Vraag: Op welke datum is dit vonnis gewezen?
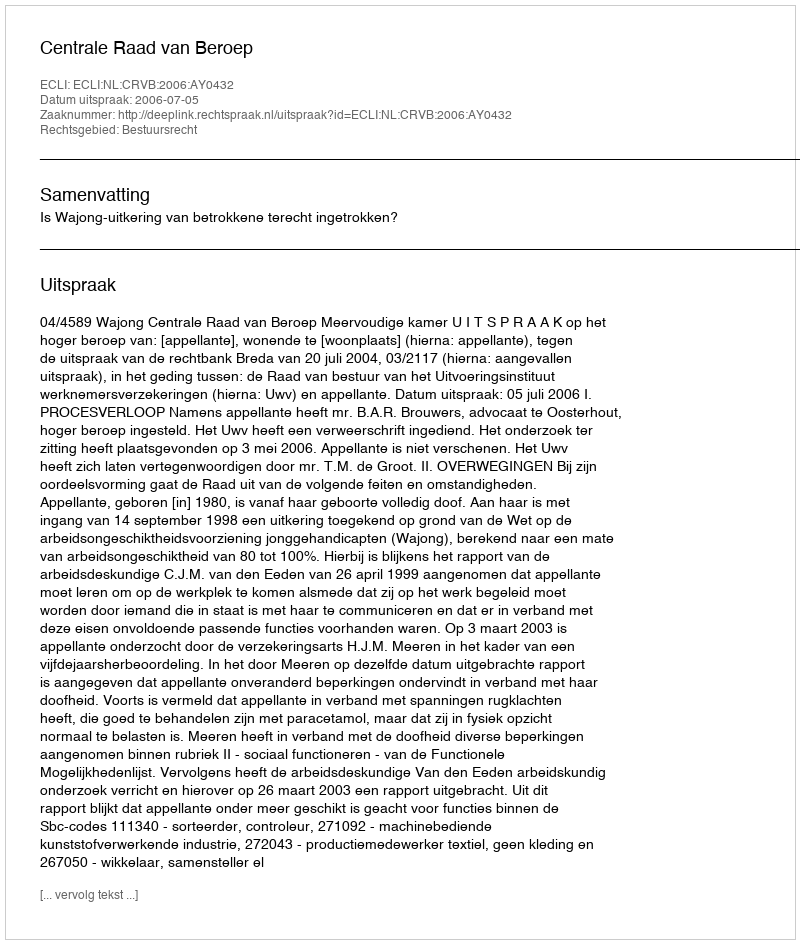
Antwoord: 2006-07-05